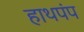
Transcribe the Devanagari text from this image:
हाथपंप